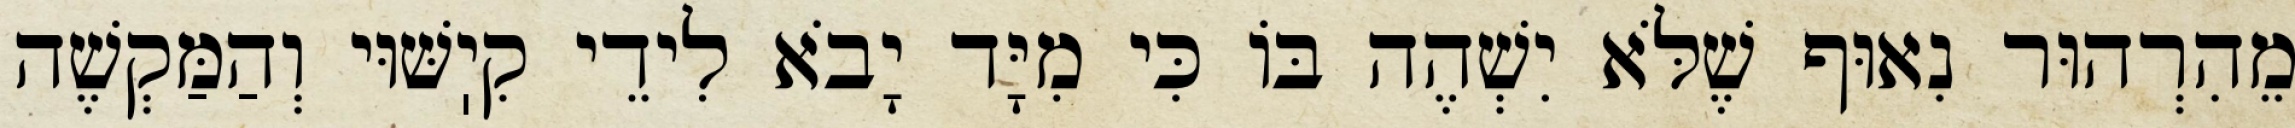
מֵהִרְהוּר נִאוּף שֶׁלֹּא יִשְׁהֶה בּוֹ כִּי מִיָּד יָבֹא לִידֵי קִיֽשּׁוּי וְהַמַּקְשֶׁה